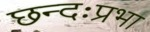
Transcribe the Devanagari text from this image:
छन्दःप्रभा